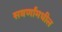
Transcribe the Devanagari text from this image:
सवर्णांमधील